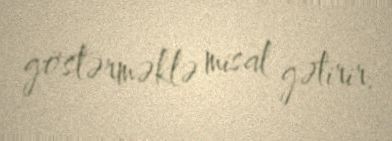
göstərməklə misal gətirir.